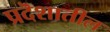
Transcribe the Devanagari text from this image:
प्रदॆशातील